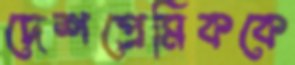
দেশপ্রেমিককে